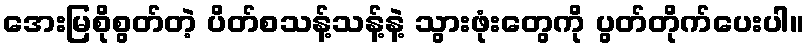
အေးမြစိုစွတ်တဲ့ ပိတ်စသန့်သန့်နဲ့ သွားဖုံးတွေကို ပွတ်တိုက်ပေးပါ။